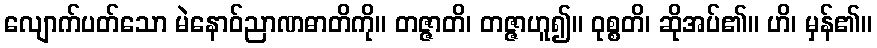
လျောက်ပတ်သော မဲနောဝ်ညာဏဓာတိကို။ တဇ္ဇာတိ၊ တဇ္ဇာဟူ၍။ ဝုစ္စတိ၊ ဆိုအပ်၏။ ဟိ၊ မှန်၏။